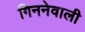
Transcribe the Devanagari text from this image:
गिननेवाली